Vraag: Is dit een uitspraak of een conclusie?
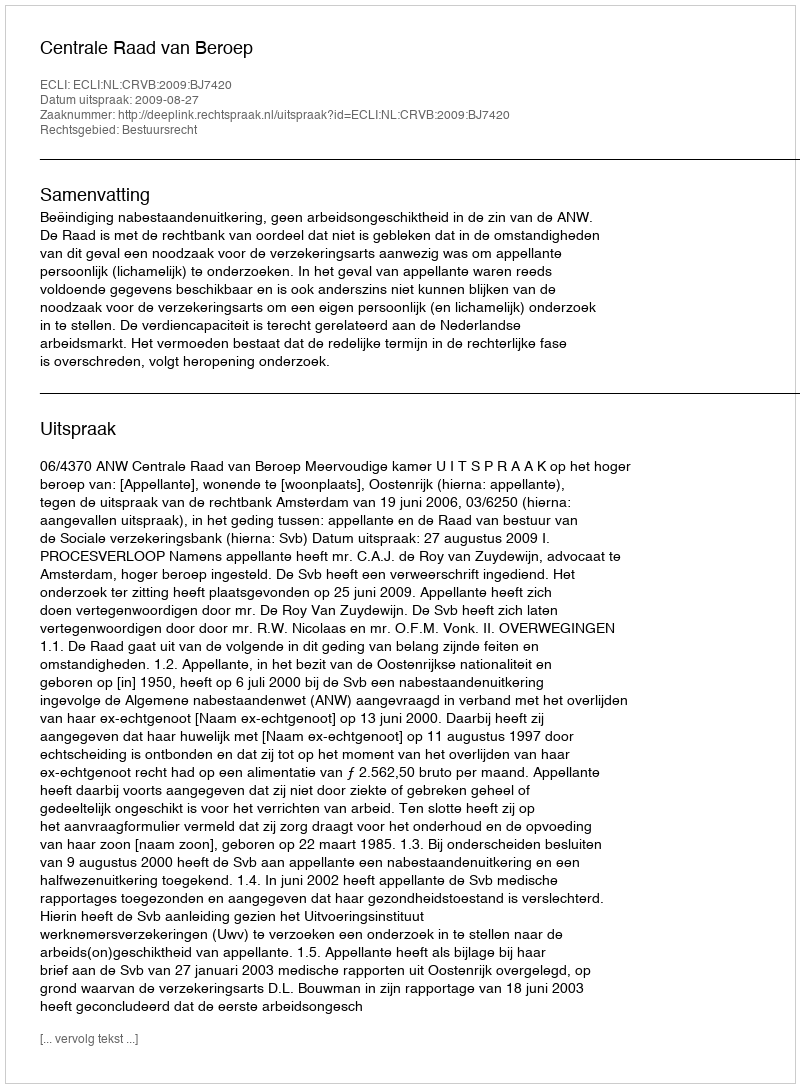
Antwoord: Uitspraak